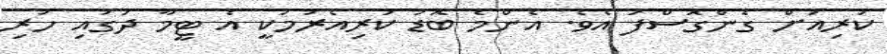
ކުރިއަށް ގެންގޮސްފަ އެވެ. އެންމެ ބޮޑު ކުރިއެރުމަކީ އެ ޓީމާ ދުގައި ހުރި